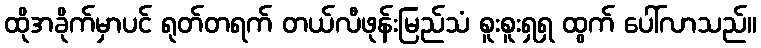
ထိုအခိုက်မှာပင် ရုတ်တရက် တယ်လီဖုန်းမြည်သံ စူးစူးရှရှ ထွက် ပေါ်လာသည်။